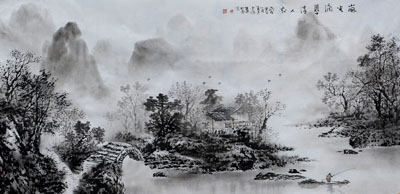
佳人相对泣，泪下罗衣湿。